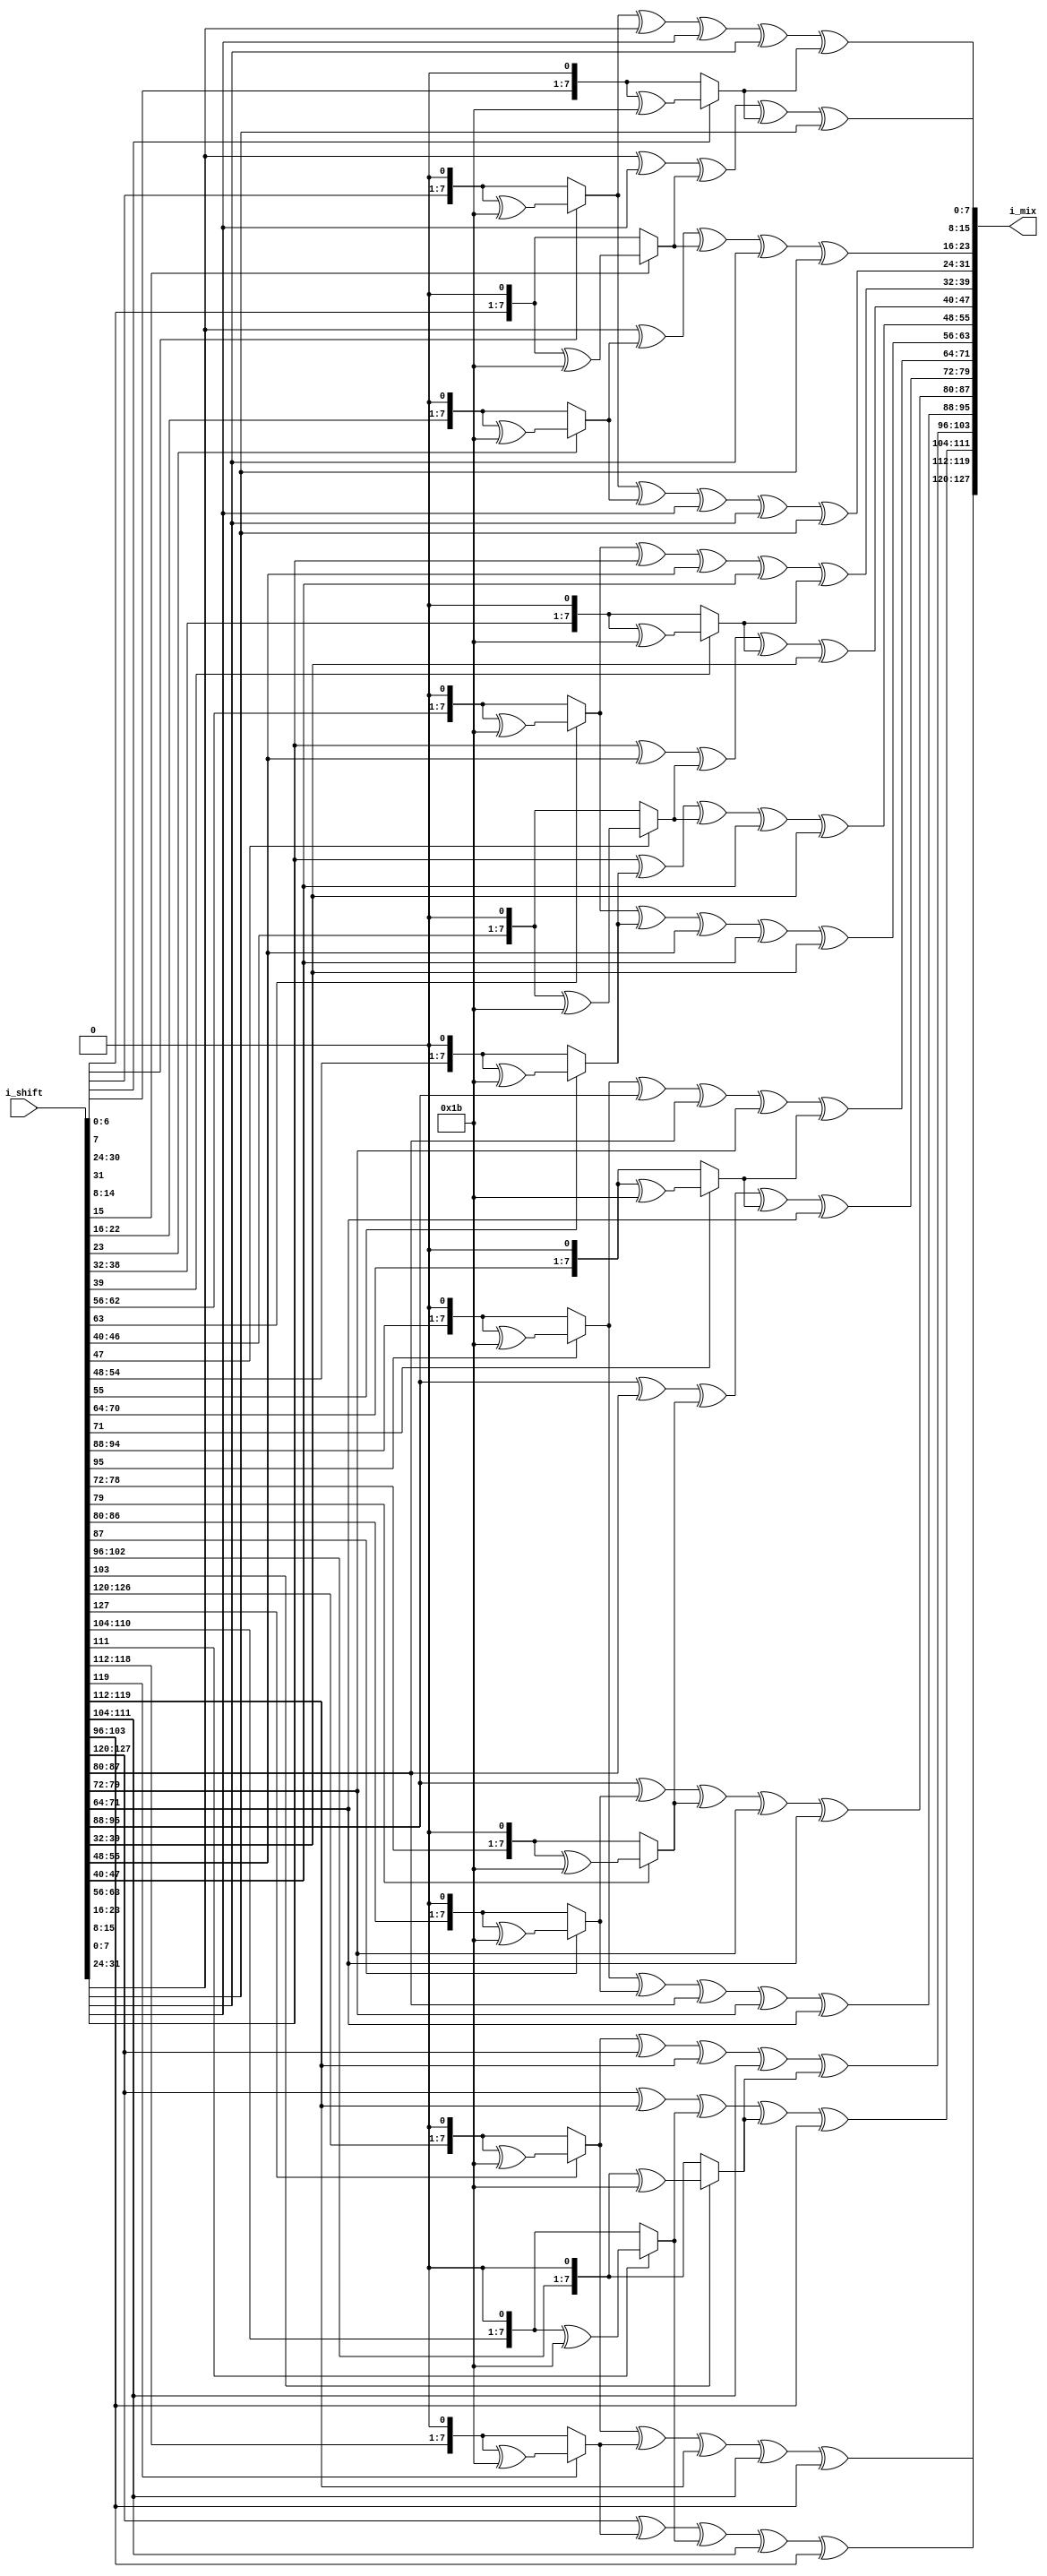
`timescale 1ns / 1ps
//////////////////////////////////////////////////////////////////////////////////
// Company: 
// Engineer: 
// 
// Design Name: 
// Module Name:    mix_col 
// Project Name: 
// Target Devices: 
// Tool versions: 
// Description: 
//
// Dependencies: 
//
// Revision: 
// Revision 0.01 - File Created
// Additional Comments: 
//
//////////////////////////////////////////////////////////////////////////////////
module mix_col(i_shift,i_mix
    );
input [0:127]i_shift;
output [0:127]i_mix;

assign i_mix[0:7] = xtime(i_shift[0:7])^xtime(i_shift[8:15])^i_shift[8:15]^i_shift[16:23]^i_shift[24:31];
assign i_mix[8:15] = i_shift[0:7]^xtime(i_shift[8:15])^xtime(i_shift[16:23])^i_shift[16:23]^i_shift[24:31];
assign i_mix[16:23] = i_shift[0:7]^i_shift[8:15]^xtime(i_shift[16:23])^xtime(i_shift[24:31])^i_shift[24:31];
assign i_mix[24:31] = xtime(i_shift[0:7])^i_shift[0:7]^i_shift[8:15]^i_shift[16:23]^xtime(i_shift[24:31]);

assign i_mix[32:39] = xtime(i_shift[32:39])^xtime(i_shift[40:47])^i_shift[40:47]^i_shift[48:55]^i_shift[56:63];
assign i_mix[40:47] = i_shift[32:39]^xtime(i_shift[40:47])^xtime(i_shift[48:55])^i_shift[48:55]^i_shift[56:63];
assign i_mix[48:55] = i_shift[32:39]^i_shift[40:47]^xtime(i_shift[48:55])^xtime(i_shift[56:63])^i_shift[56:63];
assign i_mix[56:63] = xtime(i_shift[32:39])^i_shift[32:39]^i_shift[40:47]^i_shift[48:55]^xtime(i_shift[56:63]);

assign i_mix[64:71] = xtime(i_shift[64:71])^xtime(i_shift[72:79])^i_shift[72:79]^i_shift[80:87]^i_shift[88:95];
assign i_mix[72:79] = i_shift[64:71]^xtime(i_shift[72:79])^xtime(i_shift[80:87])^i_shift[80:87]^i_shift[88:95];
assign i_mix[80:87] = i_shift[64:71]^i_shift[72:79]^xtime(i_shift[80:87])^xtime(i_shift[88:95])^i_shift[88:95];
assign i_mix[88:95] = xtime(i_shift[64:71])^i_shift[64:71]^i_shift[72:79]^i_shift[80:87]^xtime(i_shift[88:95]);

assign i_mix[96:103] = xtime(i_shift[96:103])^xtime(i_shift[104:111])^i_shift[104:111]^i_shift[112:119]^i_shift[120:127];
assign i_mix[104:111] = i_shift[96:103]^xtime(i_shift[104:111])^xtime(i_shift[112:119])^i_shift[112:119]^i_shift[120:127];
assign i_mix[112:119] = i_shift[96:103]^i_shift[104:111]^xtime(i_shift[112:119])^xtime(i_shift[120:127])^i_shift[120:127];
assign i_mix[120:127] = xtime(i_shift[96:103])^i_shift[96:103]^i_shift[104:111]^i_shift[112:119]^xtime(i_shift[120:127]);

function [0:7]xtime;
input [0:7]i;
begin
if(i[0] ==0)
xtime = {i[1:7],1'b0};
else
xtime = {i[1:7],1'b0}^8'h1b;
end
endfunction
endmodule